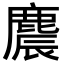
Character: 麎